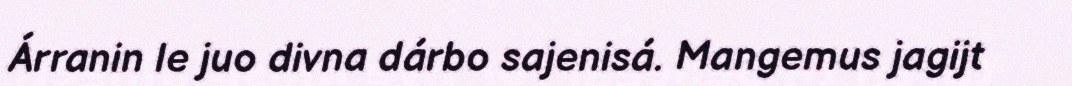
Árranin le juo divna dárbo sajenisá. Mangemus jagijt